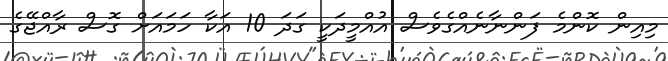
މިއިން ކޮންމެ ފަންނާނެއްގެވެސް އުއްމީދަކީ ގަދަ 10 އަކާ ހަމައަށް ގޮސް ރާއްޖޭގެ